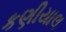
કણીયાલ